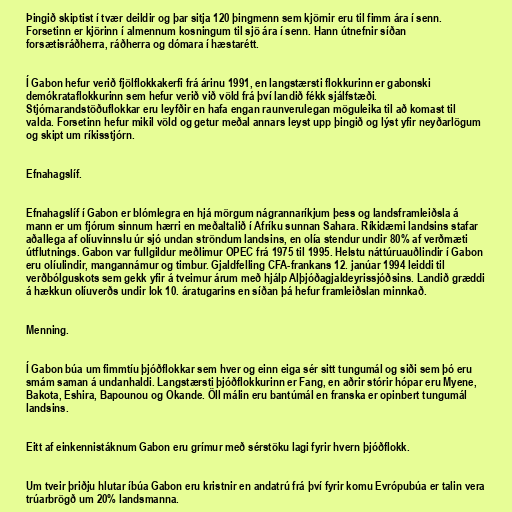
Þingið skiptist í tvær deildir og þar sitja 120 þingmenn sem kjörnir eru til fimm ára í senn.
Forsetinn er kjörinn í almennum kosningum til sjö ára í senn. Hann útnefnir síðan
forsætisráðherra, ráðherra og dómara í hæstarétt.

Í Gabon hefur verið fjölflokkakerfi frá árinu 1991, en langstærsti flokkurinn er gabonski
demókrataflokkurinn sem hefur verið við völd frá því landið fékk sjálfstæði.
Stjórnarandstöðuflokkar eru leyfðir en hafa engan raunverulegan möguleika til að komast til
valda. Forsetinn hefur mikil völd og getur meðal annars leyst upp þingið og lýst yfir neyðarlögum
og skipt um ríkisstjórn.

Efnahagslíf.

Efnahagslíf í Gabon er blómlegra en hjá mörgum nágrannaríkjum þess og landsframleiðsla á
mann er um fjórum sinnum hærri en meðaltalið í Afríku sunnan Sahara. Ríkidæmi landsins stafar
aðallega af olíuvinnslu úr sjó undan ströndum landsins, en olía stendur undir 80% af verðmæti
útflutnings. Gabon var fullgildur meðlimur OPEC frá 1975 til 1995. Helstu náttúruauðlindir í Gabon
eru olíulindir, mangannámur og timbur. Gjaldfelling CFA-frankans 12. janúar 1994 leiddi til
verðbólguskots sem gekk yfir á tveimur árum með hjálp Alþjóðagjaldeyrissjóðsins. Landið græddi
á hækkun olíuverðs undir lok 10. áratugarins en síðan þá hefur framleiðslan minnkað.

Menning.

Í Gabon búa um fimmtíu þjóðflokkar sem hver og einn eiga sér sitt tungumál og siði sem þó eru
smám saman á undanhaldi. Langstærsti þjóðflokkurinn er Fang, en aðrir stórir hópar eru Myene,
Bakota, Eshira, Bapounou og Okande. Öll málin eru bantúmál en franska er opinbert tungumál
landsins.

Eitt af einkennistáknum Gabon eru grímur með sérstöku lagi fyrir hvern þjóðflokk.

Um tveir þriðju hlutar íbúa Gabon eru kristnir en andatrú frá því fyrir komu Evrópubúa er talin vera
trúarbrögð um 20% landsmanna.